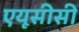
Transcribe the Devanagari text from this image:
एयूसीसी